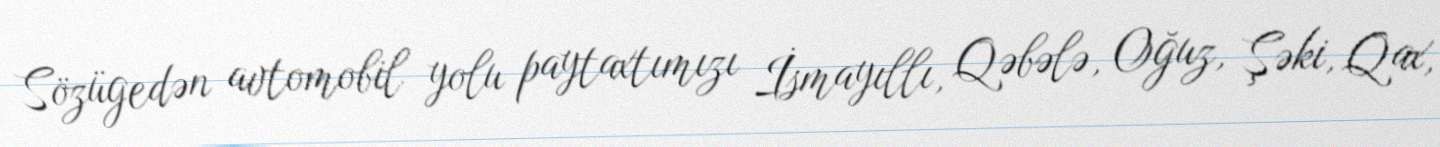
Sözügedən avtomobil yolu paytaxtımızı İsmayıllı, Qəbələ, Oğuz, Şəki, Qax,